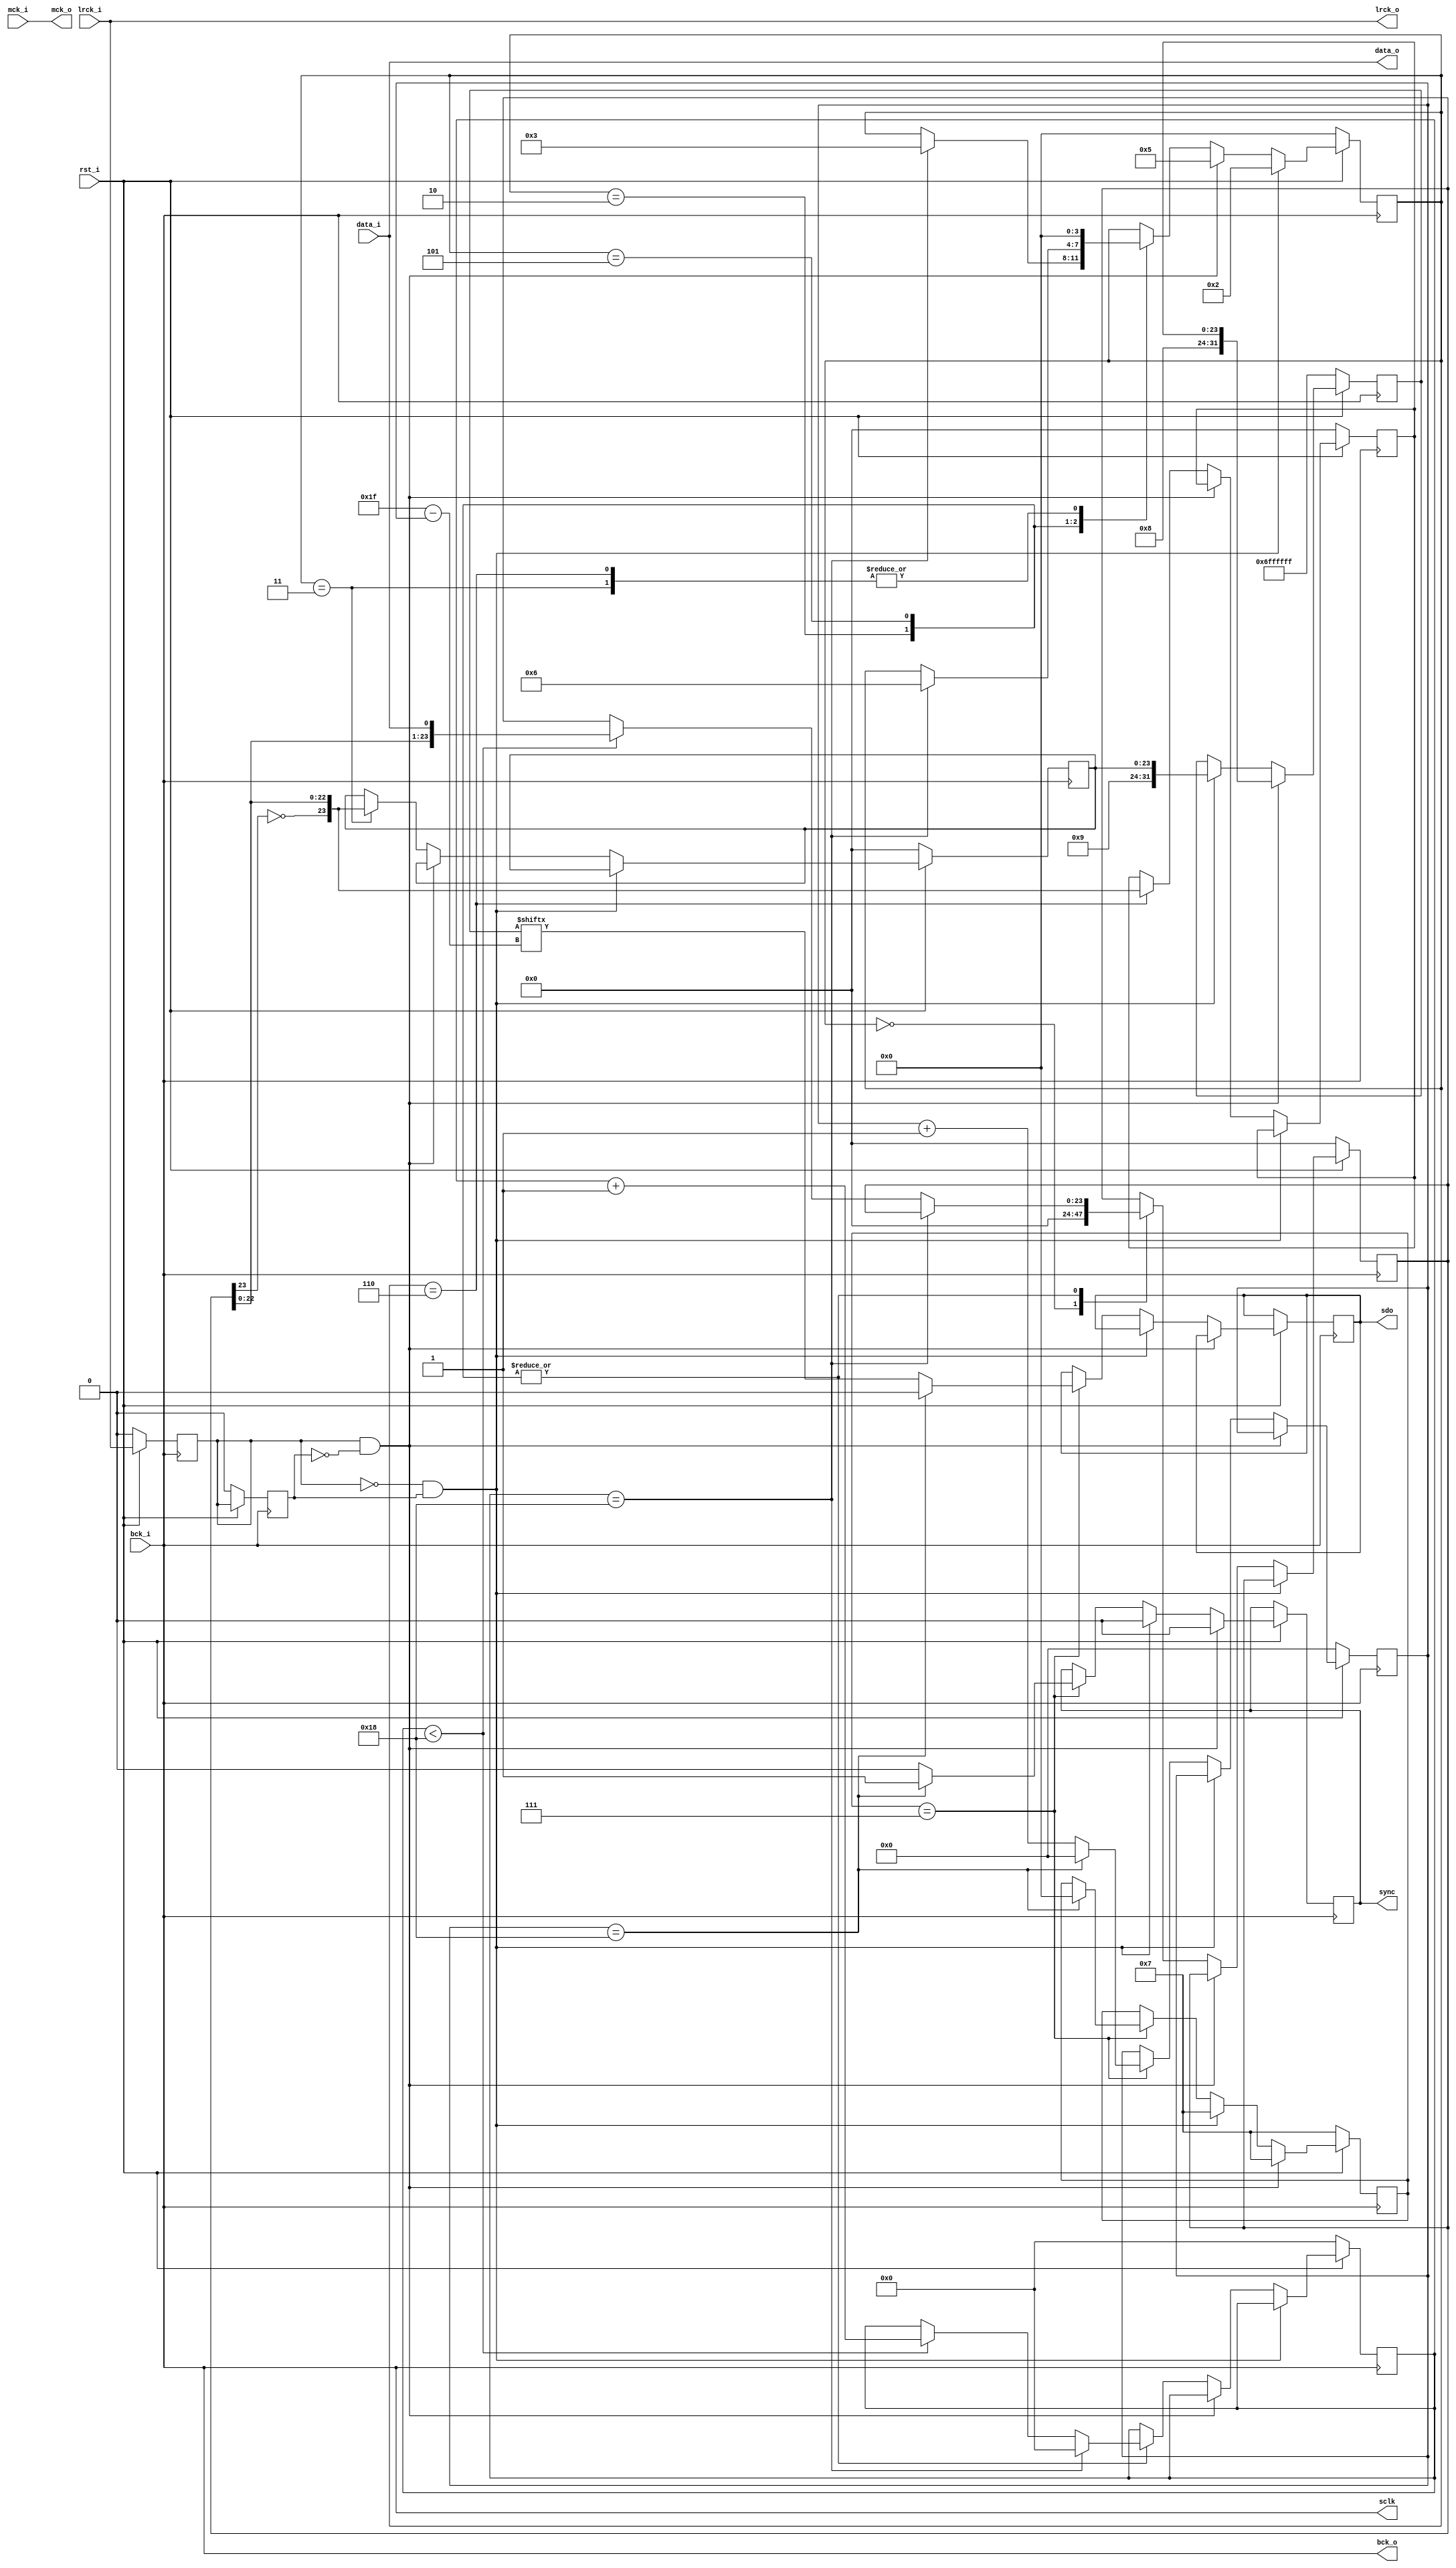
module i2s(
    input               rst_i,

    input               mck_i,
    input               lrck_i,
    input               bck_i,
    input               data_i,

    output              mck_o,
    output              lrck_o,
    output              bck_o,
    output              data_o,

    output reg          sdo,
    output reg          sync,
    output              sclk 
);

localparam  BIT = 24;
localparam  B= 0;
localparam  E = B+BIT;

localparam  IDLE = 0;
localparam  R_START = 1;
localparam  R_TRANSFER = 2;
localparam  R_DONE = 3;
localparam  L_START = 4;
localparam  L_TRANSFER = 5;
localparam  L_DONE = 6;
localparam  FLASH = 7;

assign  rstn = rst_i;
assign  mck_o = mck_i;
assign  lrck_o = lrck_i;
assign  bck_o = bck_i;
assign  data_o = data_i;

reg     lrck_r;
reg     lrck_rr;
wire    left_start;
wire    right_start;
assign  left_start = lrck_r & ~lrck_rr;
assign  right_start = ~lrck_r & lrck_rr;

always @(negedge bck_o) begin
    if (!rstn) begin
        lrck_r <= 0;
        lrck_rr <= 0;
    end
    else begin
        lrck_r <= lrck_i;
        lrck_rr <= lrck_r;
    end
end

reg             data_r;
reg[3:0]        state_r;
reg[8:0]        count;
reg[BIT-1:0]    val;
reg[BIT-1:0]    val_r;
reg[BIT-1:0]    val_rr;
reg[BIT-1:0]    l_val;
reg[BIT-1:0]    r_val;

always @(negedge bck_o) begin
    if (!rstn) begin
        state_r <= IDLE;
        count <= 0;

        val <= 0;
        val_r <= 0;
        val_rr <= 0;
        l_val <= 0;
        r_val <= 0;

        data_r <= 0;
    end
    else begin
        data_r <= data_i;
        if (right_start)
            state_r <= R_TRANSFER;
        else if (left_start)
            state_r <= L_TRANSFER;
        else begin
            case(state_r)
                IDLE:
                    val <= 0;
                R_TRANSFER: begin
                    if (count == E) begin
                        count <= 0;
                        state_r <= R_DONE;
                    end
                    else if (count < E) begin
                        // val <= {val, data_r};
                        val <= {val, data_i};
                        count <= count + 1;
                    end
                end
                R_DONE: begin
                    //dithering
                    // r_val <= {~val[BIT-1], val[BIT-2:0]} + val_r[8:0] - val_rr[8:0];
                    val_r <= val;
                    val_rr <= val_r;
                    r_val <= {~val[BIT-1], val[BIT-2:0]};

                    state_r <= IDLE;
                end
                L_TRANSFER: begin
                    if (count == E) begin
                        count <= 0;
                        state_r <= L_DONE;
                    end
                    else if (count < E) begin
                        // val <= {val, data_r};
                        val <= {val, data_i};
                        count <= count + 1;
                    end
                end
                L_DONE: begin
                    // l_val <= {~val[BIT-1], val[BIT-2:0]} + val_r[8:0] - val_rr[8:0];
                    l_val <= {~val[BIT-1], val[BIT-2:0]};
                    state_r <= IDLE;
                end
            endcase
        end
    end
end

localparam  WORD = 24;
reg [3:0]       state_w;
reg [5:0]       count_w;
reg [31:0]      key;
assign sclk = bck_i;

always @(posedge sclk) begin
    if (!rstn)  begin
        count_w <= 0;

        key <= {8'h06, 24'hffffff};
        state_w <= FLASH;
    end
    else if (left_start) begin
        key <= {8'h08, l_val};
        state_w <= FLASH;
        sync <= 0;
    end
    else if (right_start) begin
        key <= {8'h09, r_val};
        state_w <= FLASH;
        sync <= 0;
    end
    else if (state_w == FLASH) begin
        if (count_w == WORD) begin
            state_w <= IDLE;
            count_w <= 0;
            
            sync <= 1;
            sdo <= 0;
        end
        else begin
            sync <= 0;
            sdo <= key[31 - count_w];
            count_w <= count_w + 1;
        end
    end
end

endmodule